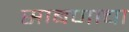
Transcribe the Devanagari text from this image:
साबणाचा